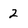
Character: 2